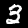
Digit: 3